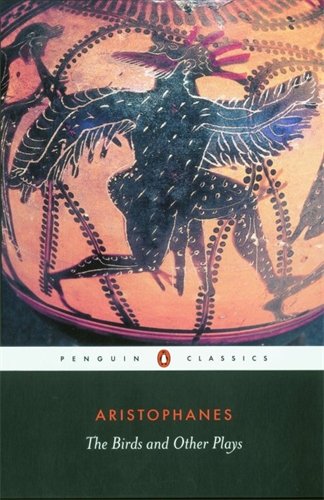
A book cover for The Birds and Other Plays (Penguin Classics); Aristophanes; Literature & Fiction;